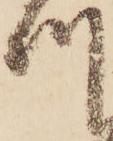
つ